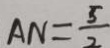
A N = \frac { 5 } { 2 }